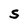
Character: S